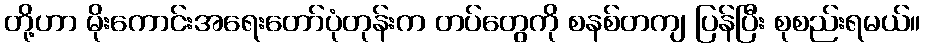
တို့ဟာ မိုးကောင်းအရေးတော်ပုံတုန်းက တပ်တွေကို စနစ်တကျ ပြန်ပြီး စုစည်းရမယ်။